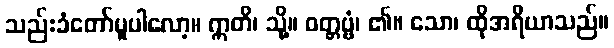
သည်းခံတော်မူပါလော့။ ဣတိ၊ သို့။ ဝတ္တဗ္ဗံ၊ ၏။ သော၊ ထိုအရိယာသည်။